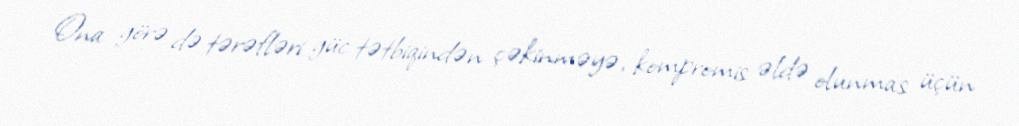
Ona görə də tərəfləri güc tətbiqindən çəkinməyə, kompromis əldə olunmas üçün